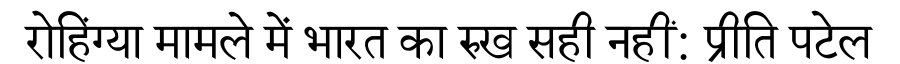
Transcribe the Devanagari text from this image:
रोहिंग्या मामले में भारत का रुख सही नहीं: प्रीति पटेल